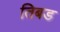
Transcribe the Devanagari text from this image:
तिबड